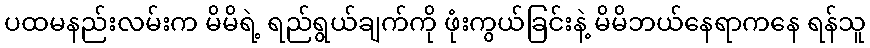
ပထမနည်းလမ်းက မိမိရဲ့ ရည်ရွယ်ချက်ကို ဖုံးကွယ်ခြင်းနဲ့ မိမိဘယ်နေရာကနေ ရန်သူ